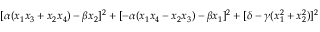
[ \alpha ( x _ { 1 } x _ { 3 } + x _ { 2 } x _ { 4 } ) - \beta x _ { 2 } ] ^ { 2 } + [ - \alpha ( x _ { 1 } x _ { 4 } - x _ { 2 } x _ { 3 } ) - \beta x _ { 1 } ] ^ { 2 } + [ \delta - \gamma ( x _ { 1 } ^ { 2 } + x _ { 2 } ^ { 2 } ) ] ^ { 2 }